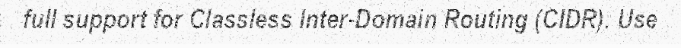
full support for Classless Inter-Domain Routing (CIDR). Use